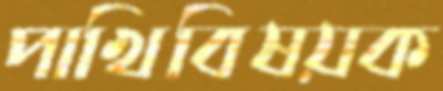
পাখিবিষয়ক